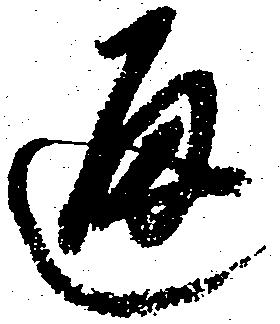
通